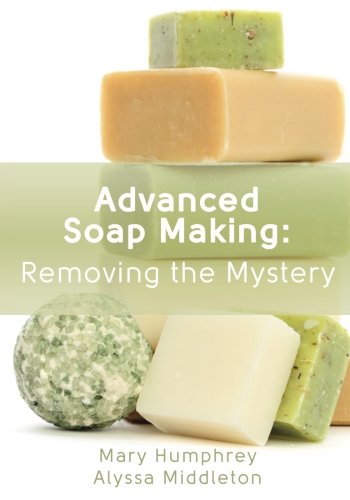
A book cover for Advanced Soap Making: Removing the Mystery; Mary L Humphrey; Crafts, Hobbies & Home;